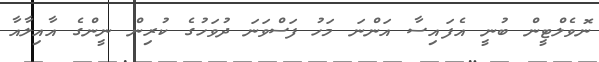
ނޮވެލްޓީން ބުނީ އެފައިސާ އަންނަ މަހު ފަސްވަނަ ދުވަހުގެ ކުރިން ނީންގެ އާއިލާއާ